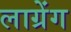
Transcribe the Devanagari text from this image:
लाग्रेंग